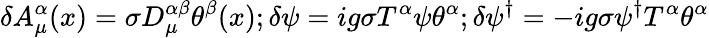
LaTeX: \delta A_{\mu}^{\alpha}(x)=\sigma D_{\mu}^{\alpha\beta}\theta^{\beta}(x);\delta\psi=ig\sigma T^{\alpha}\psi\theta^{\alpha};\delta\psi^{\dagger}=-ig\sigma\psi^{\dagger}T^{\alpha}\theta^{\alpha}